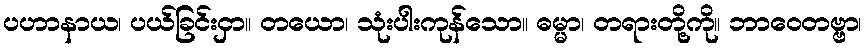
ပဟာနာယ၊ ပယ်ခြင်းငှာ။ တယော၊ သုံးပါးကုန်သော။ ဓမ္မာ၊ တရားတို့ကို။ ဘာဝေတဗ္ဗာ၊